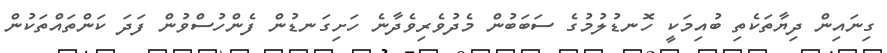
ގިނައިން ދިޔާތަކެތި ބުއިމަކީ ހޮނޑުލުމުގެ ސަބަބުން މެދުވެރިވެދާނެ ހަށިގަނޑުން ފެންހުސްވުން ފަދަ ކަންތައްތަކުން